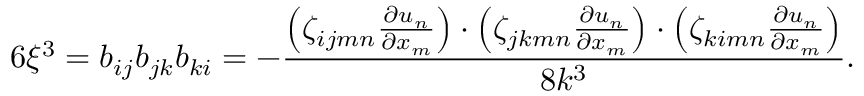
6 \xi ^ { 3 } = b _ { i j } b _ { j k } b _ { k i } = - \frac { \left( \zeta _ { i j m n } \frac { \partial u _ { n } } { \partial x _ { m } } \right) \cdot \left( \zeta _ { j k m n } \frac { \partial u _ { n } } { \partial x _ { m } } \right) \cdot \left( \zeta _ { k i m n } \frac { \partial u _ { n } } { \partial x _ { m } } \right) } { 8 k ^ { 3 } } .